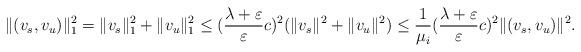
LaTeX: \begin{align*}\Vert (v_{s},v_{u})\Vert_{1}^{2} &=\Vert v_{s}\Vert_{1} ^{2}+\Vert v_{u}\Vert_{1} ^{2}\leq (\frac{\lambda+\varepsilon}{\varepsilon}c)^{2}(\Vert v_{s}\Vert^{2}+\Vert v_{u}\Vert^{2}) \leq \frac{1}{\mu_{i}}(\frac{\lambda+\varepsilon}{\varepsilon}c)^{2}\Vert (v_{s},v_{u})\Vert ^{2}.\end{align*}